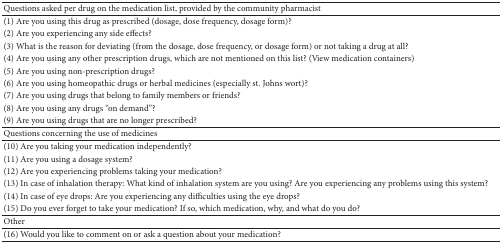
<table><thead><tr><td><b>Questions asked per drug on the medication list, provided by the community pharmacist</b></td></tr></thead><tbody><tr><td>(1) Are you using this drug as prescribed (dosage, dose frequency, dosage form)?</td></tr><tr><td>(2) Are you experiencing any side effects?</td></tr><tr><td>(3) What is the reason for deviating (from the dosage, dose frequency, or dosage form) or not taking a drug at all?</td></tr><tr><td>(4) Are you using any other prescription drugs, which are not mentioned on this list? (View medication containers)</td></tr><tr><td>(5) Are you using non-prescription drugs?</td></tr><tr><td>(6) Are you using homeopathic drugs or herbal medicines (especially st. Johns wort)?</td></tr><tr><td>(7) Are you using drugs that belong to family members or friends?</td></tr><tr><td>(8) Are you using any drugs “on demand”?</td></tr><tr><td>(9) Are you using drugs that are no longer prescribed?</td></tr><tr><td>Questions concerning the use of medicines</td></tr><tr><td>(10) Are you taking your medication independently?</td></tr><tr><td>(11) Are you using a dosage system?</td></tr><tr><td>(12) Are you experiencing problems taking your medication?</td></tr><tr><td>(13) In case of inhalation therapy: What kind of inhalation system are you using? Are you experiencing any problems using this system?</td></tr><tr><td>(14) In case of eye drops: Are you experiencing any difficulties using the eye drops?</td></tr><tr><td>(15) Do you ever forget to take your medication? If so, which medication, why, and what do you do?</td></tr><tr><td>Other</td></tr><tr><td>(16) Would you like to comment on or ask a question about your medication?</td></tr></tbody></table>